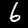
Label: 6